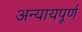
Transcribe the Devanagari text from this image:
अन्‍यायपूर्ण